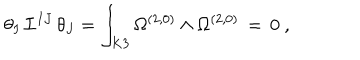
\theta _ { I } \, { \cal I } ^ { I J } \, \theta _ { J } = \int _ { K 3 } \Omega ^ { ( 2 , 0 ) } \wedge \Omega ^ { ( 2 , 0 ) } \, = \, 0 \ ,